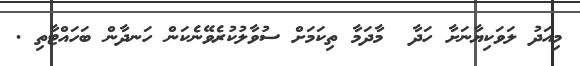
މިއަދު ލަވަކިޔާނަށާ ހަދާ  މާދަމާ ތިކަމަށް ސުވާލުކުރެވޭނެކަން ހަނދާން ބަހައްޓާތި .